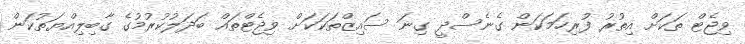
ވިޖެޓް ތަކަށް އިތުރު ފުރިހަމަކަން ގެނެސްދީ ގިނަ ސައިޒްތަކަކަށް ވިޖެޓްތައް ބަދަލުކުރުމުގެ ގާބިލިއްޔަތުކަން